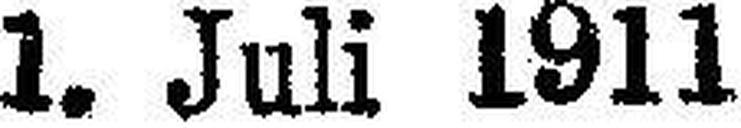
1. Juli 1911